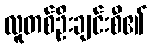
လူတစ်ဦးချင်းစီ၏